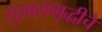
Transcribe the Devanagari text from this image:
सुखसमृद्धीचे